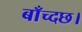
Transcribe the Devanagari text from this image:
बाँच्दछ।